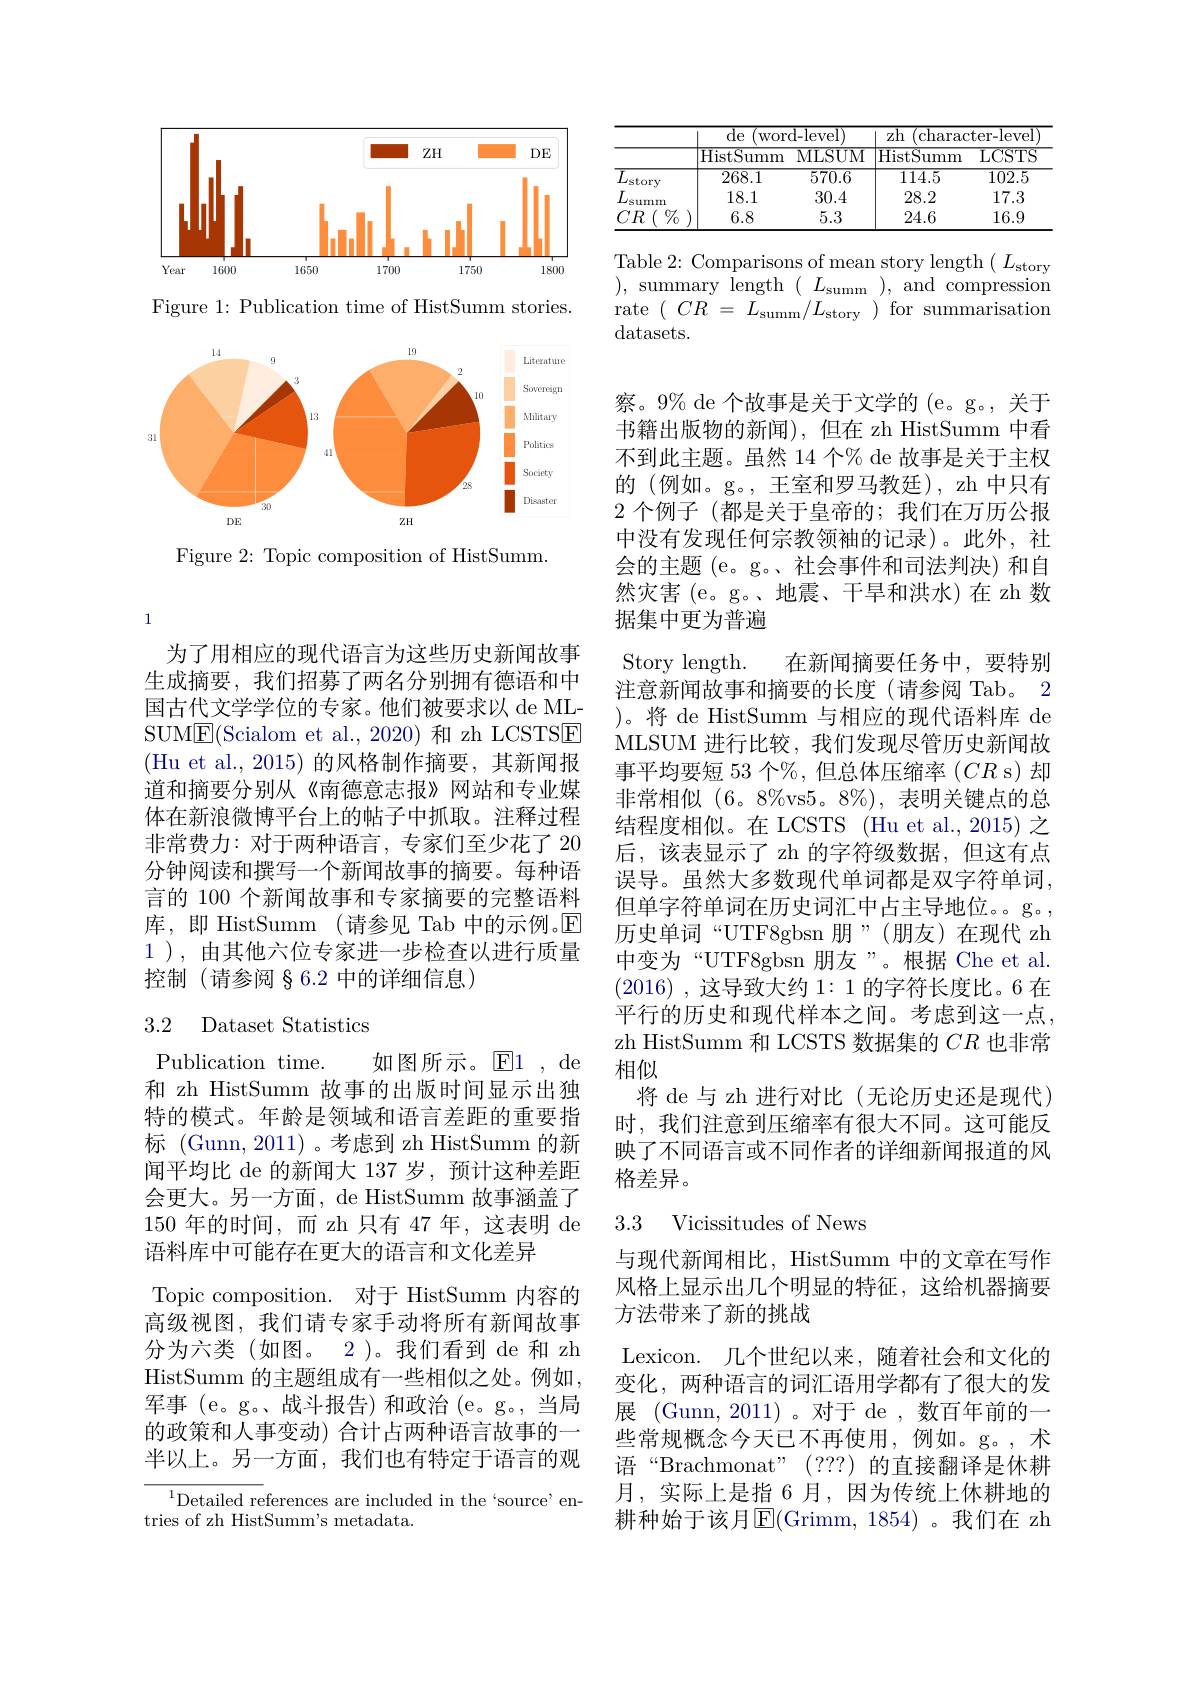
<FigureHere>

Figure 1: Publication time of HistSumm stories.

<FigureHere>

Figure 2: Topic composition of HistSumm.

为了用相应的现代语言为这些历史新闻故事生成摘要，我们招募了两名分别拥有德语和中国古代文学学位的专家。他们被要求以 de MLSUME(Scialom et al., 2020) 和 zh LCSTSE (Hu et al., 2015)的风格制作摘要，其新闻报道和摘要分别从《南德意志报》网站和专业媒体在新浪微博平台上的帖子中抓取。注释过程非常费力：对于两种语言，专家们至少花了 20分钟阅读和撰写一个新闻故事的摘要。每种语言的 100 个新闻故事和专家摘要的完整语料库，即 HistSumm (请参见 Tab 中的示例。$\mathbb{E}$ 1 ),由其他六位专家进一步检查以进行质量控制 (请参阅 § 6.2 中的详细信息)

## 3.2 Dataset Statistics

Publication time.
如图所示。$\textcircled{\mathrm{E}}1$,de
和 zh HistSumm 故事的出版时间显示出独特的模式。年龄是领域和语言差距的重要指标 (Gunn,2011)。考虑到 zh HistSumm 的新闻平均比 de 的新闻大 137 岁，预计这种差距会更大。另一方面，de HistSumm 故事涵盖了150 年的时间，而 zh 只有 47 年，这表明 de 语料库中可能存在更大的语言和文化差异
Topic composition. 对于 HistSumm 内容的高级视图，我们请专家手动将所有新闻故事分为六类(如图。2)。我们看到 de 和 zh HistSumm 的主题组成有一些相似之处。例如， 军事 (e。g。、战斗报告)和政治 (e。g。,当局的政策和人事变动) 合计占两种语言故事的一半以上。另一方面，我们也有特定于语言的观

${^{1}\text{Detailed references are included in the`source'en-}}$
tries of zh HistSumm's metadata.

<table>
	<tbody>
		<tr>
			<th> </th>
			<th>${\overline{{\mathrm{de}}}}$ WOr</th>
			<th>d- level</th>
			<th>$\overline{\mathrm{zh}}$ ${\overline{{\mathrm{charac}}}}$</th>
			<th>${\mathrm{ter-level}}$</th>
		</tr>
		<tr>
			<th> </th>
			<th>HistS umm</th>
			<th>MLSUM</th>
			<th>$\mathop{\mathrm{HistS}}$ umm</th>
			<th>LCSTS</th>
		</tr>
		<tr>
			<td>$\overline{L_{\mathrm{storv}}}$</td>
			<td>268.1</td>
			<td>570.6</td>
			<td>114.5</td>
			<td>$\overline{102.5}$</td>
		</tr>
		<tr>
			<td>$L$ summ</td>
			<td>18.1</td>
			<td>30.4</td>
			<td>28.2</td>
			<td>17.3</td>
		</tr>
		<tr>
			<td>$CR$ $\%$</td>
			<td>6.8</td>
			<td>5.3</td>
			<td>24.6</td>
			<td>16.9</td>
		</tr>
	</tbody>
</table>

Table 2: Comparisons of mean story length $(L_{\mathrm{story}}$ ),summary$\operatorname*{length}(L_\mathrm{summ})$,and$\operatorname*{compression}$ rate$(CR=L_{\mathrm{summ}}/L_{\mathrm{story}})$forsummarisation datasets.

察。9% de 个故事是关于文学的 (e。g。, 关于书籍出版物的新闻),但在 zh HistSumm 中看不到此主题。虽然 14 个% de 故事是关于主权的(例如。g。, 王室和罗马教廷), zh 中只有2 个例子(都是关于皇帝的；我们在万历公报中没有发现任何宗教领袖的记录)。此外，社会的主题 (e。g。、社会事件和司法判决)和自然灾害(e。g。、地震、干旱和洪水)在 zh 数据集中更为普遍Story length.
在新闻摘要任务中，要特别
注意新闻故事和摘要的长度(请参阅 Tab。2 )。将 de HistSumm 与相应的现代语料库 de MLSUM 进行比较，我们发现尽管历史新闻故事平均要短 53 个%, 但总体压缩率$(CR$ s)却非常相似 (6。8%vs5。8%), 表明关键点的总结程度相似。在 LCSTS (Hu et al., 2015) 之后，该表显示了 zh 的字符级数据，但这有点误导。虽然大多数现代单词都是双字符单词， 但单字符单词在历史词汇中占主导地位。。g。, 历史单词“UTF8gbsn 朋”(朋友)在现代 zh 中变为“UTF8gbsn 朋友”。根据 Che et al. (2016) , 这导致大约 1: 1 的字符长度比。6 在平行的历史和现代样本之间。考虑到这一点zh HistSumm 和 LCSTS 数据集的$CR$也非常相似
将 de 与 zh 进行对比(无论历史还是现代) 时，我们注意到压缩率有很大不同。这可能反映了不同语言或不同作者的详细新闻报道的风格差异。

### 3.3 Vicissitudes of News

与现代新闻相比，HistSumm 中的文章在写作风格上显示出几个明显的特征，这给机器摘要方法带来了新的挑战
Lexicon. 几个世纪以来，随着社会和文化的变化，两种语言的词汇语用学都有了很大的发展 (Gunn, 2011)。对于 de , 数百年前的一些常规概念今天已不再使用，例如。g。,术语“Brachmonat”(???)的直接翻译是休耕月，实际上是指 6 月，因为传统上休耕地的耕种始于该月$\operatorname{E}($Grimm,1854)。我们在 zh